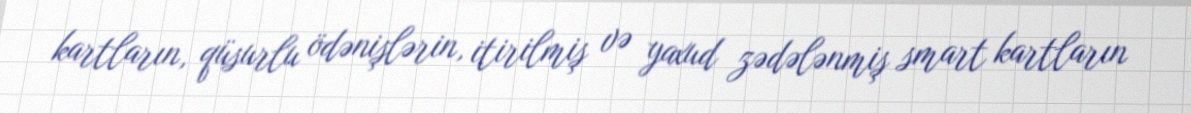
kartların, qüsurlu ödənişlərin, itirilmiş və yaxud zədələnmiş smart kartların